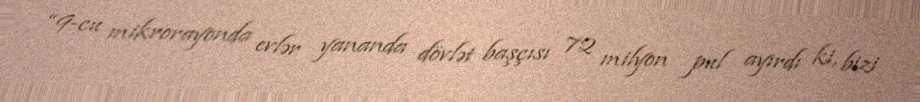
“9-cu mikrorayonda evlər yananda dövlət başçısı 72 milyon pul ayırdı ki, bizi